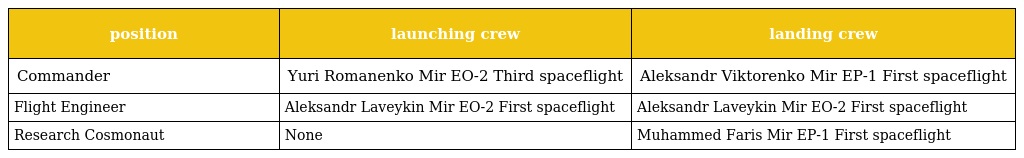
| position | launching crew | landing crew |
 | --- | --- | --- |
 | Commander | Yuri Romanenko Mir EO-2 Third spaceflight | Aleksandr Viktorenko Mir EP-1 First spaceflight |
 | Flight Engineer | Aleksandr Laveykin Mir EO-2 First spaceflight | Aleksandr Laveykin Mir EO-2 First spaceflight |
 | Research Cosmonaut | None | Muhammed Faris Mir EP-1 First spaceflight |